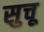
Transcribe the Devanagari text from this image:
सुचू